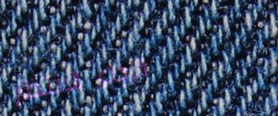
الرجاء الانتظار